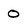
Character: O